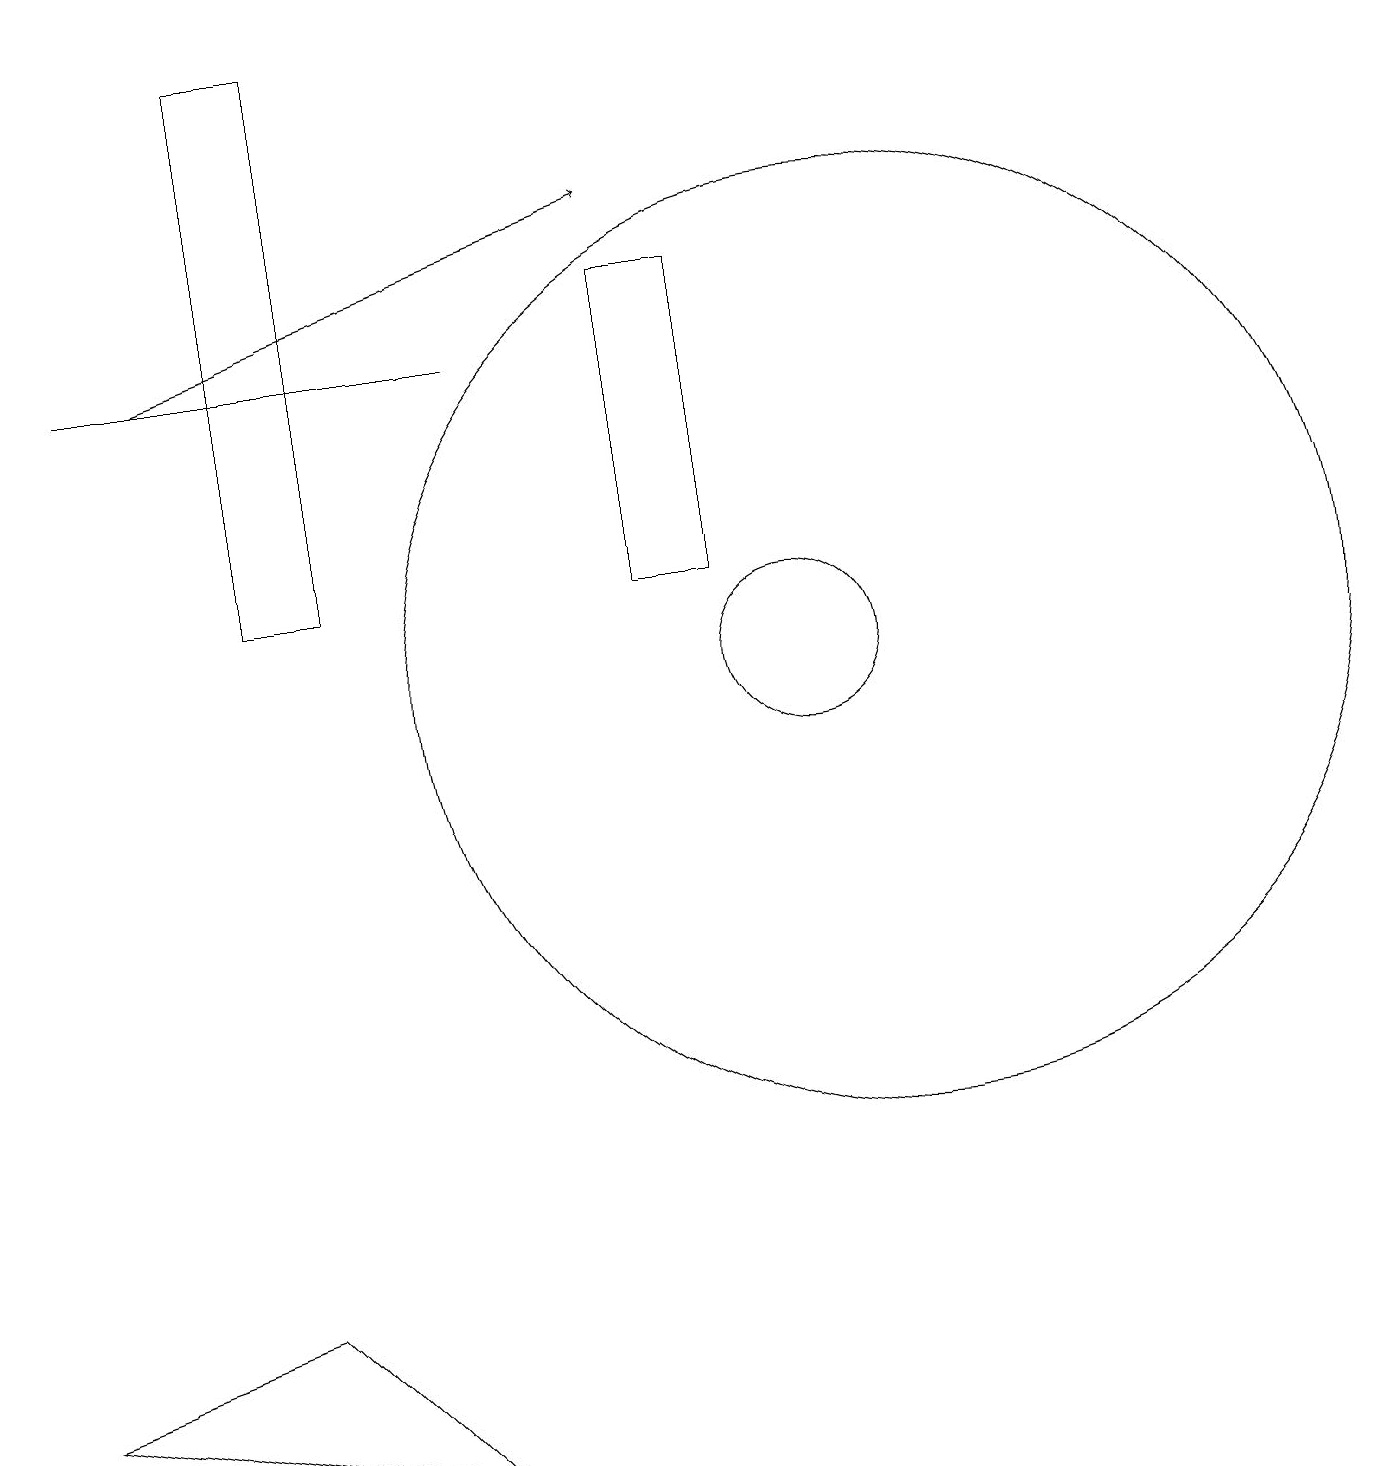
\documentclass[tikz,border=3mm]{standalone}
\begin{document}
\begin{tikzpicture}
\draw (5,0) -- (0,1) -- (3,2) -- cycle;
\draw (11,10) circle (6);
\draw (6,14) rectangle (1,14);
\draw[->] (2,14) -- (8,16);
\draw (9,11) rectangle (8,15);
\draw (3,11) rectangle (4,18);
\draw (10,10) circle (1);
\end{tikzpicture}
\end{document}